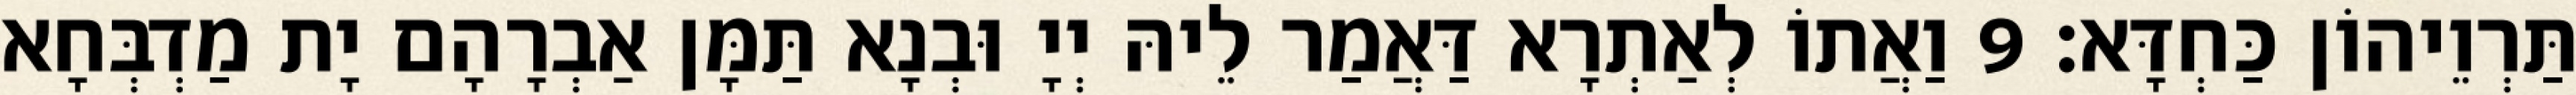
תַּרְוֵיהוֹן כַּחְדָּא׃ 9 וַאֲתוֹ לְאַתְרָא דַּאֲמַר לֵיהּ יְיָ וּבְנָא תַּמָּן אַבְרָהָם יָת מַדְבְּחָא